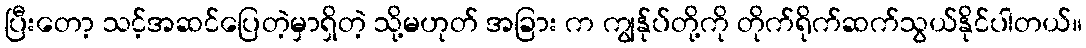
ပြီးတော့ သင့်အဆင်ပြေတဲ့မှာရှိတဲ့ သို့မဟုတ် အခြား က ကျွန်ုပ်တို့ကို တိုက်ရိုက်ဆက်သွယ်နိုင်ပါတယ်။